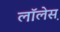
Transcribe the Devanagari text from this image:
लाॅलेस़